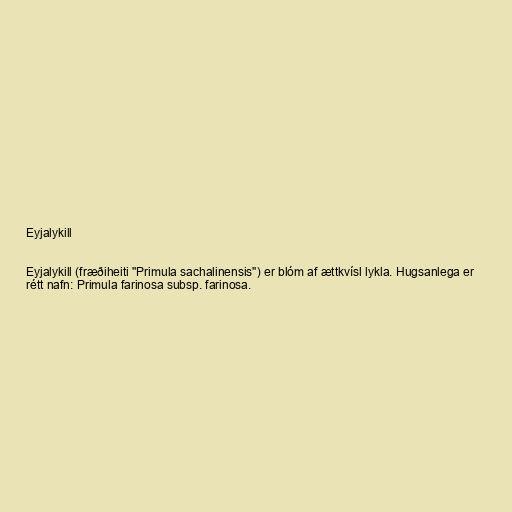
Eyjalykill

Eyjalykill (fræðiheiti "Primula sachalinensis") er blóm af ættkvísl lykla. Hugsanlega er
rétt nafn: Primula farinosa subsp. farinosa.